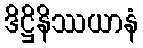
ဒိဋ္ဌိနိဿယာနံ